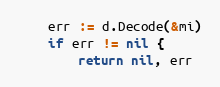
Language: Go
	err := d.Decode(&mi)
	if err != nil {
		return nil, err